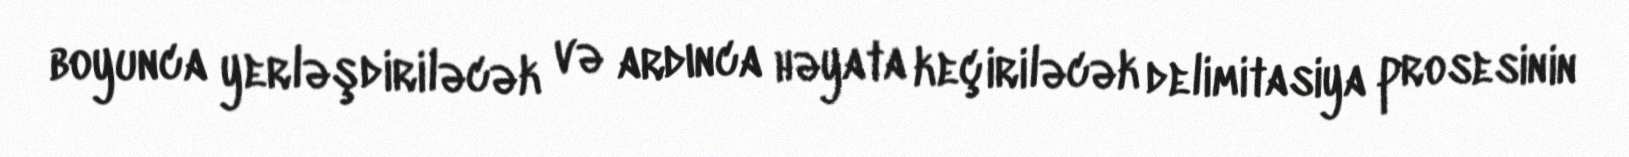
boyunca yerləşdiriləcək və ardınca həyata keçiriləcək delimitasiya prosesinin